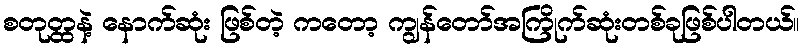
စတုတ္ထနဲ့ နောက်ဆုံး ဖြစ်တဲ့ ကတော့ ကျွန်တော်အကြိုက်ဆုံးတစ်ခုဖြစ်ပါတယ်။